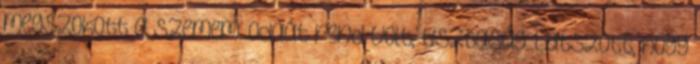
megszokott a szemem. Odaát rend volt, tisztaság. Látszott, hogy